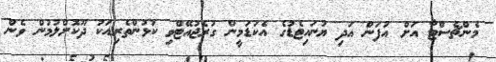
މެންޗެސްޓާ އަށް އުފަން އަދި ޔުނައިޓެޑުގެ އެކަޑަމީން ގުރެޖުއޭޓްވި ކުޅުންތެރިއަކު ދޫކޮށްލުމުން ވެން